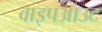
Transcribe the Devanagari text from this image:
वाइपआउट